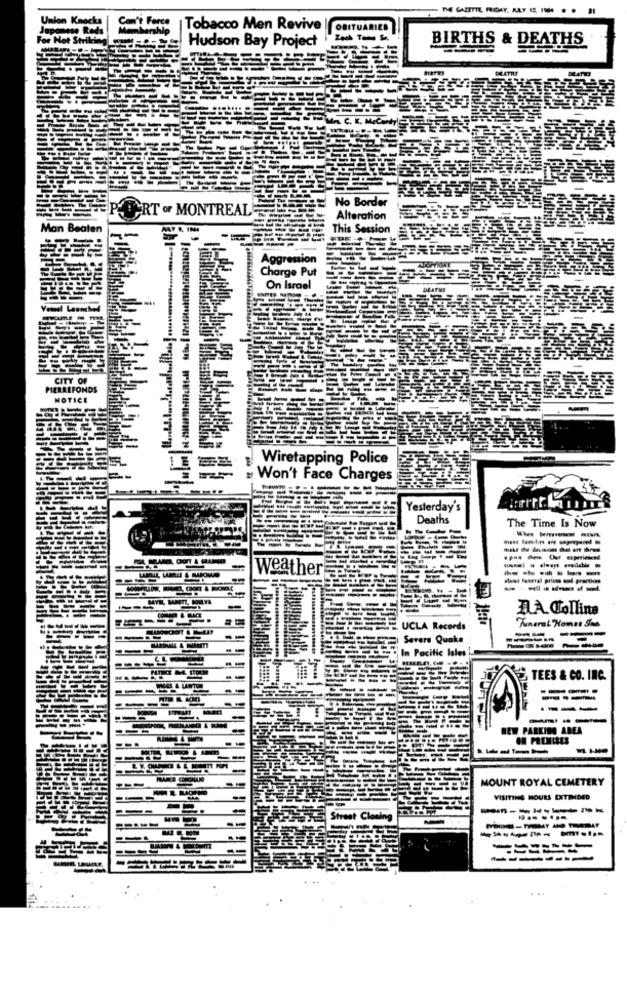
|Tobacco Men Revive
OBITUARIES
Hudson Bay Project
BIRTHS & DEATHS
No Border
RT of MONTREAL
Alteration
Man Beaten
-
This Session
Aggression
Charge Put
On Israel
Launched
CITY OF
PIERREFONDS
NOTICE
Wiretapping Police
Won't Face Charges
Yesterday's
Deaths
The Time Is Now
weather
----- -
Huet feseral prices and prentiss
OMLWA
DA Colline
Mineral Homes Sas
UCLA Records
Severe Quake
In Pacific lalet
TEES & CO. INC.
---
---
----
---
NEW PARKING AREA
MENRES
-----
MOUNT ROYAL CEMETERY
VISITING HOURS EXTENDED
--------
Street Cloning